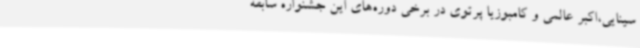
سینایی،اکبر عالمی و کامبوزیا پرتوی در برخی دوره‌های این جشنواره سابقه